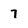
Character: 7